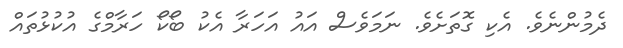
ދެމުންނެވެ. އެކި ގޮތަށެވެ. ނަމަވެސް އައު އަހަރާ އެކު ބޯކޯ ހަރާމްގެ އުކުޅުތައް